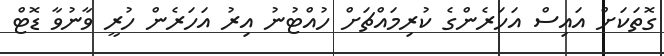
ގޮތަކަށް އައިސް އަހަރެންގެ ކުރިމައްޗަށް ހުއްޓުނު އިރު އަހަރެން ހުރީ ވާނުވާ ޑޮޓް